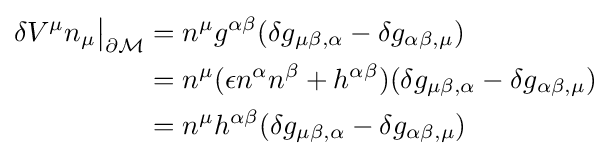
{\begin{aligned}\delta V^{\mu }n_{\mu }{\big |}_{\partial {\mathcal {M}}}&=n^{\mu }g^{\alpha \beta }(\delta g_{\mu \beta ,\alpha }-\delta g_{\alpha \beta ,\mu })\\&=n^{\mu }(\epsilon n^{\alpha }n^{\beta }+h^{\alpha \beta })(\delta g_{\mu \beta ,\alpha }-\delta g_{\alpha \beta ,\mu })\\&=n^{\mu }h^{\alpha \beta }(\delta g_{\mu \beta ,\alpha }-\delta g_{\alpha \beta ,\mu })\end{aligned}}